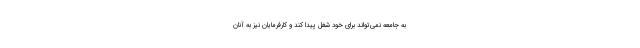
به جامعه نمی‌تواند برای خود شغل پیدا کند و کارفرمایان نیز به آنان